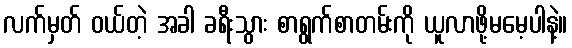
လက်မှတ် ဝယ်တဲ့ အခါ ခရီးသွား စာရွက်စာတမ်းကို ယူလာဖို့မမေ့ပါနဲ့။